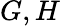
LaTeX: G,H